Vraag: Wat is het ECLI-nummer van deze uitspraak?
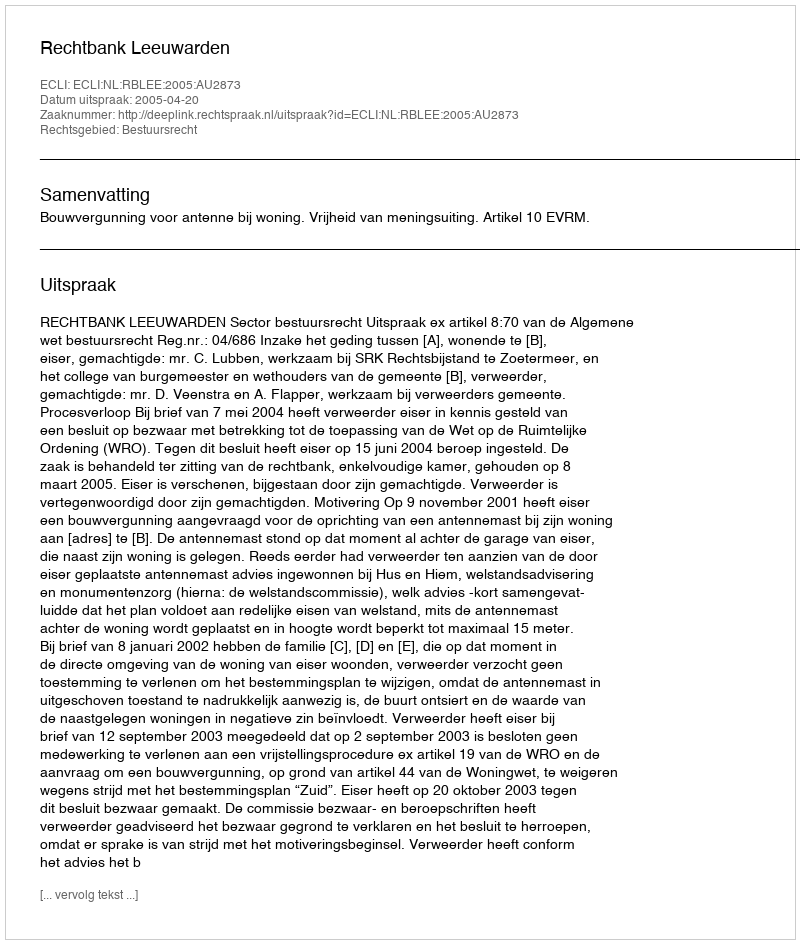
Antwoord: ECLI:NL:RBLEE:2005:AU2873